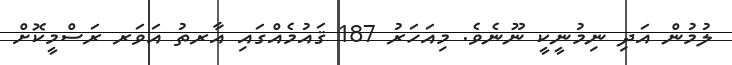
ލުމުން އަދި ނިމުނީކީ ނޫނެވެ. މިއަހަރު 187 ޤައުމެއްގައި އާރތު އަވަރ ރަސްމީކޮށް